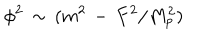
LaTeX: \phi ^ { 2 } \, \sim \, ( m ^ { 2 } \, - \, F ^ { 2 } / M _ { p } ^ { 2 } )